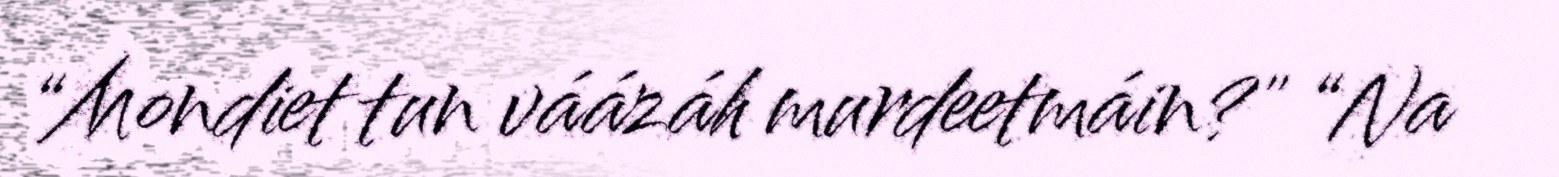
“Mondiet tun váázáh murdeetmáin?" “Na